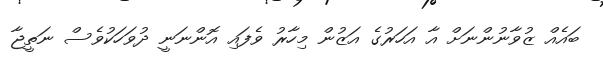
ބައެއް ޒުވާނުންނަށް އާ އަހަރުގެ އަޒުން މިހާރު ވެފައި އޮންނަނީ ދުވަހަކުވެސް ނަތީޖާ